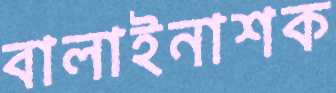
বালাইনাশক